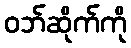
ဝဘ်ဆိုက်ကို